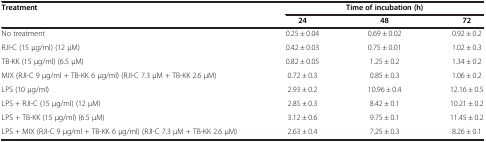
| <ROWSPAN=2> Treatment | <COLSPAN=3> Time of incubation (h) |
 | 24 | 48 | 72 |
 | --- | --- | --- | --- |
 | No treatment | 0.25 ± 0.04 | 0.69 ± 0.02 | 0.92 ± 0.2 |
 | RJI-C (15 μg/ml) (12 μM) | 0.42 ± 0.03 | 0.75 ± 0.01 | 1.02 ± 0.3 |
 | TB-KK (15 μg/ml) (6.5 μM) | 0.82 ± 0.05 | 1.25 ± 0.2 | 1.34 ± 0.2 |
 | MIX (RJI-C 9 μg/ml + TB-KK 6 μg/ml) (RJI-C 7.3 μM + TB-KK 2.6 μM) | 0.72 ± 0.3 | 0.85 ± 0.3 | 1.06 ± 0.2 |
 | LPS (10 μg/ml) | 2.93 ± 0.2 | 10.96 ± 0.4 | 12.16 ± 0.5 |
 | LPS + RJI-C (15 μg/ml) (12 μM) | 2.85 ± 0.3 | 8.42 ± 0.1 | 10.21 ± 0.2 |
 | LPS + TB-KK (15 μg/ml) (6.5 μM) | 3.12 ± 0.6 | 9.75 ± 0.1 | 11.45 ± 0.2 |
 | LPS + MIX (RJI-C 9 μg/ml + TB-KK 6 μg/ml) (RJI-C 7.3 μM + TB-KK 2.6 μM) | 2.63 ± 0.4 | 7.25 ± 0.3 | 8.26 ± 0.1 |